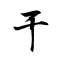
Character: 于